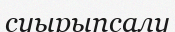
суырыпсалу